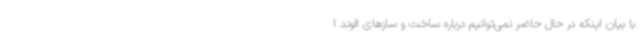
با بیان اینکه در حال حاضر نمی‌توانیم درباره ساخت و سازهای الوند ا